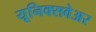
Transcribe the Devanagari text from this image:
यूनिक्सवेअर